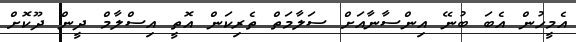
އެމީހުން އެބަ ބުނޭ އިންސާނާއަށް ސަލާމަތް ތެރިކަން އޮތީ އިސްލާމް ދީން ދޫކޮށް